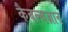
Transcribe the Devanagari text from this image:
कैवल्यज्ञान